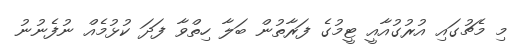
މި މެޗުގައި އުރުގުއާއީ ޓީމުގެ ފަރާތުން ބަލާ ހިތްވާ ފަދަ ކުޅުމެއް ނުފެނުނު